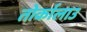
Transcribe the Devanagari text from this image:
तोर्कालाउ